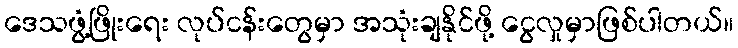
ဒေသဖွံ့ဖြိုးရေး လုပ်ငန်းတွေမှာ အသုံးချနိုင်ဖို့ ငွေလှုမှာဖြစ်ပါတယ်။